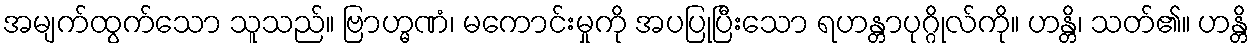
အမျက်ထွက်သော သူသည်။ ဗြာဟ္မဏံ၊ မကောင်းမှုကို အပပြုပြီးသော ရဟန္တာပုဂ္ဂိုလ်ကို။ ဟန္တိ၊ သတ်၏။ ဟန္တိ